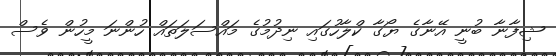
ޝިފާނާ ބުނީ އޭނާގެ ޔޯގާ ކްލާހުގައި ނިދުމުގެ މައްސަލަތައް ހުންނަ މީހުން ވެސް